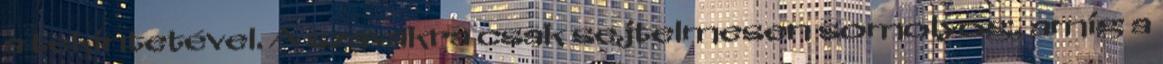
a tekintetével. A szavakra csak sejtelmesen somolyog, amíg a